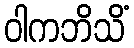
ဝါကဘိသိံ